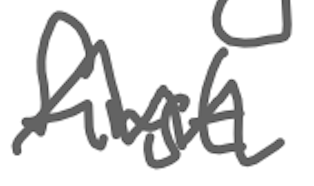
Text: first
Cross-out: zig-zag
Writing tool: digital_gray